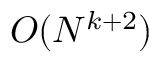
O ( N ^ { k + 2 } )